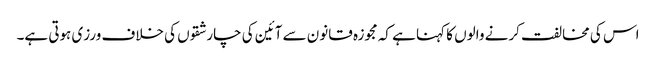
اس کی مخالفت کرنے والوں کا کہنا ہے کہ مجوزہ قانون سے آئین کی چار شقوں کی خلاف ورزی ہوتی ہے۔